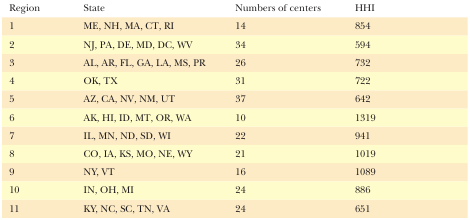
<table><thead><tr><td><b>Region</b></td><td><b>State</b></td><td><b>Numbers of centers</b></td><td><b>HHI</b></td></tr></thead><tbody><tr><td>1</td><td>ME, NH, MA, CT, RI</td><td>14</td><td>854</td></tr><tr><td>2</td><td>NJ, PA, DE, MD, DC, WV</td><td>34</td><td>594</td></tr><tr><td>3</td><td>AL, AR, FL, GA, LA, MS, PR</td><td>26</td><td>732</td></tr><tr><td>4</td><td>OK, TX</td><td>31</td><td>722</td></tr><tr><td>5</td><td>AZ, CA, NV, NM, UT</td><td>37</td><td>642</td></tr><tr><td>6</td><td>AK, HI, ID, MT, OR, WA</td><td>10</td><td>1319</td></tr><tr><td>7</td><td>IL, MN, ND, SD, WI</td><td>22</td><td>941</td></tr><tr><td>8</td><td>CO, IA, KS, MO, NE, WY</td><td>21</td><td>1019</td></tr><tr><td>9</td><td>NY, VT</td><td>16</td><td>1089</td></tr><tr><td>10</td><td>IN, OH, MI</td><td>24</td><td>886</td></tr><tr><td>11</td><td>KY, NC, SC, TN, VA</td><td>24</td><td>651</td></tr></tbody></table>